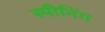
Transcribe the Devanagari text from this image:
स्पीनिंग